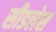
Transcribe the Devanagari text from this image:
सीडलेस